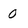
Character: 0